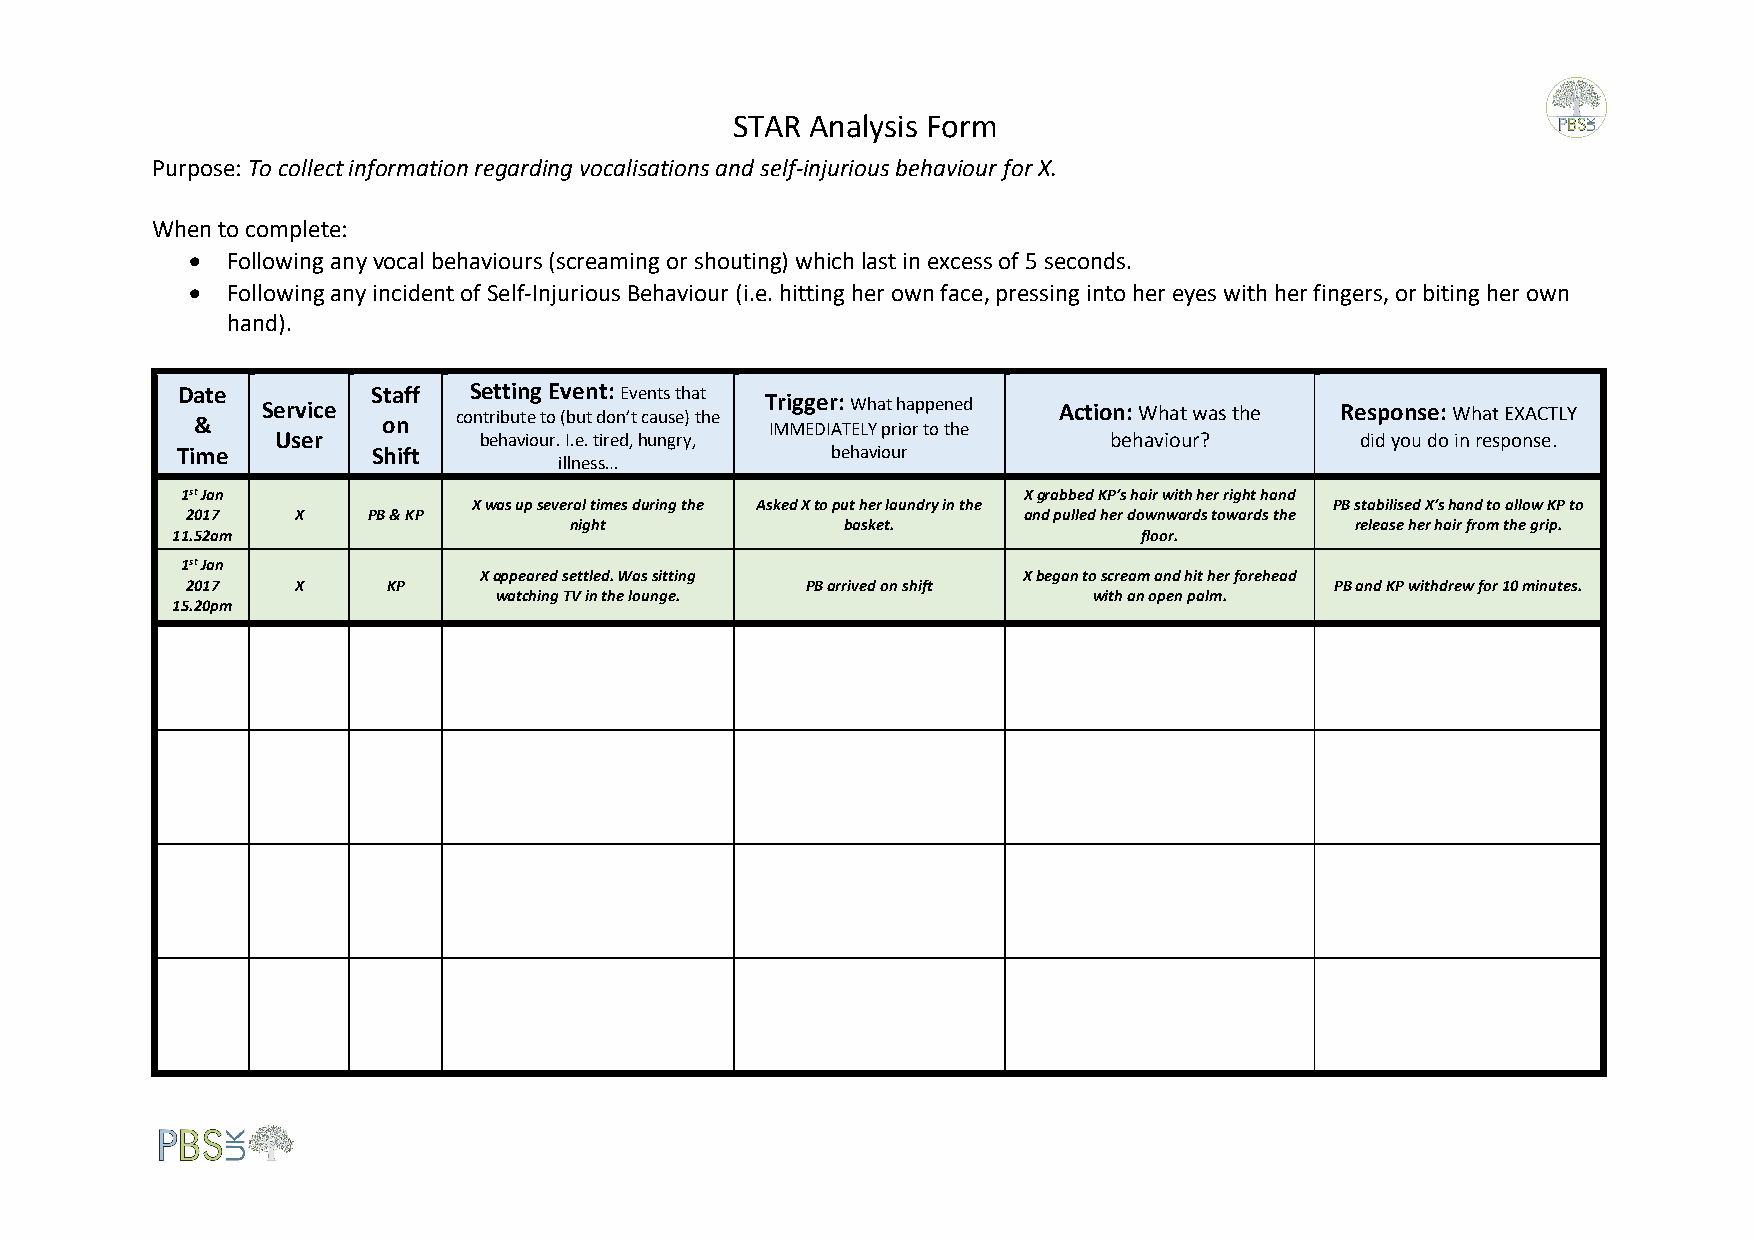
STAR Analysis Form
 Purpose: To collect information regarding vocalisations and self-injurious behaviour for X.
 When to complete:
 • Following any vocal behaviours (screaming or shouting) which last in excess of 5 seconds.
 • Following any incident of Self-Injurious Behaviour (i.e. hitting her own face, pressing into her eyes with her fingers, or biting her own
 hand).
 Date         Staff Setting Event: Events that
 &   Service on   contribute to (but don’t cause) the T IMri Mgg EDe Ir A: T W ELh Ya pt r h ioa rp tp oe tn he ed Action: What was the Response: What EXACTLY
 User          behaviour. I.e. tired, hungry,           behaviour?       did you do in response.
 Time         Shift
 illness…
 behaviour
 1st Jan                                                 X grabbed KP’s hair with her right hand
 X was up several times during the Asked X to put her laundry in the PB stabilised X’s hand to allow KP to
 2017    X   PB & KP                                     and pulled her downwards towards the
 night             basket.                           release her hair from the grip.
 11.52am                                                          floor.
 1st Jan
 X appeared settled. Was sitting     X began to scream and hit her forehead
 2017    X     KP                         PB arrived on shift                PB and KP withdrew for 10 minutes.
 watching TV in the lounge.             with an open palm.
 15.20pm